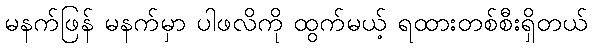
မနက်ဖြန် မနက်မှာ ပါဖလိကို ထွက်မယ့် ရထားတစ်စီးရှိတယ်